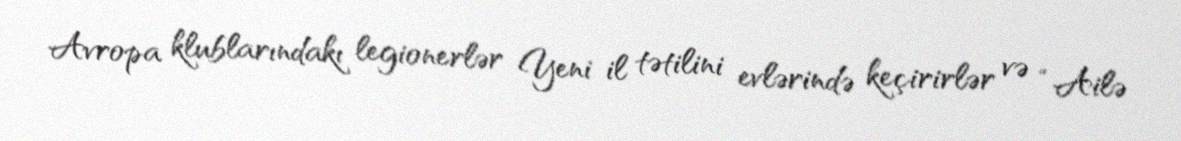
Avropa klublarındakı legionerlər Yeni il tətilini evlərində keçirirlər və “Ailə